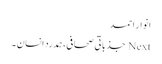
انوار احمد
Next جذباتی صحافی،ہمدرد انسان ۔